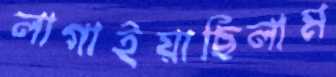
লাগাইয়াছিলাম